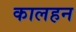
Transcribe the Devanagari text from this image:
कालहन